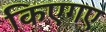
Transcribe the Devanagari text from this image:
किएगए